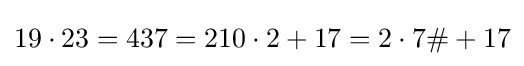
19\cdot 23=437=210\cdot 2+17=2\cdot 7\#+17